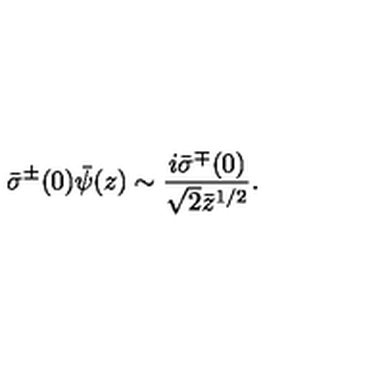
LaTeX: \bar { \sigma } ^ { \pm } ( 0 ) \bar { \psi } ( z ) \sim \frac { i \bar { \sigma } ^ { \mp } ( 0 ) } { \sqrt { 2 } \bar { z } ^ { 1 / 2 } } .